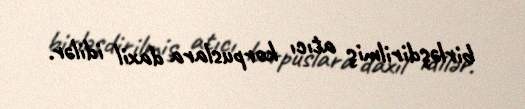
birləşdirilmiş atıcı korpuslara daxil idilər.